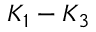
K _ { 1 } - K _ { 3 }